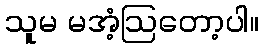
သူမ မအံ့ဩတော့ပါ။